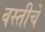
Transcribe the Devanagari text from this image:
वस्तीचें